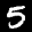
Label: 5